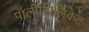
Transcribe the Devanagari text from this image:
पॉलीसिलिकेट